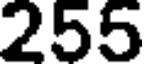
255